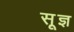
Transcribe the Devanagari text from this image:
सू़ज्ञ